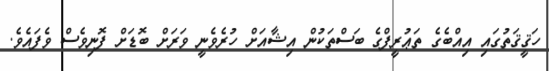
ހަޤީޤަތުގައި އިއްބެގެ ތަޢުރީފްގެ ބަސްތަކުން އިޝާއަށް ހުރެވެނީ ވަރަށް ބޮޑަށް ފޮނިވެސް ވެފައެވެ.